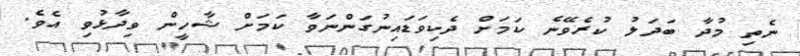
ނެތި މުދާ ބަދަލު ކުރެވޭނެ ކަމަށް ދެކިވަޑައިނުގަންނަވާ ކަމަށް ޝާހީން ވިދާޅުވި އެވެ.